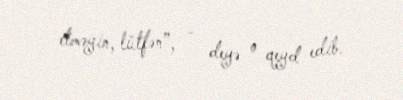
etməyin, lütfən”, - deyə o qeyd edib.